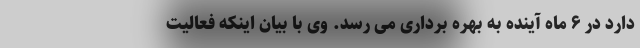
دارد در ۶ ماه آینده به بهره برداری می رسد. وی با بیان اینکه فعالیت